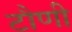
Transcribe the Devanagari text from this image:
टौणी